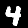
Digit: 4